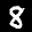
Label: 8